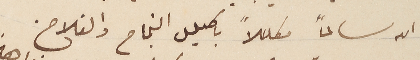
الله سالماً مكللاً باكليل النجاح والفلاح.